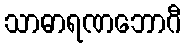
သာဓာရဏဘောဂီ